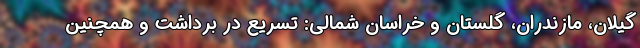
گیلان، مازندران، گلستان و خراسان شمالی: تسریع در برداشت و همچنین